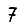
Digit: 7